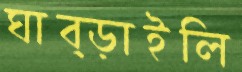
ঘাব্‌ড়াইলি